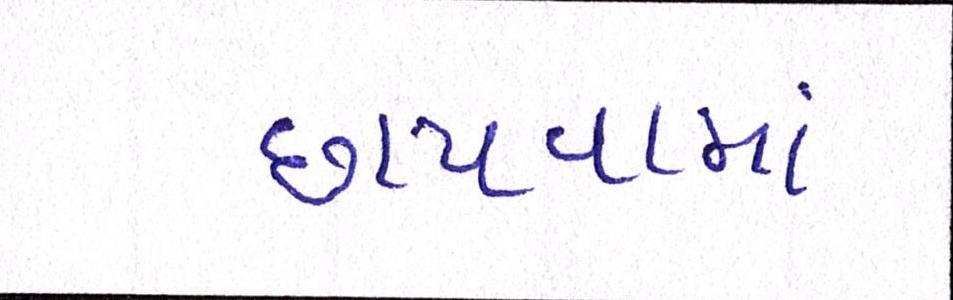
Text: છાપવામાં